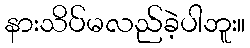
နားသိပ်မလည်ခဲ့ပါဘူး။